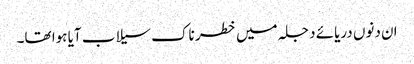
ان دنوں دریائے دجلہ میں خطر ناک سیلاب آیا ہوا تھا۔